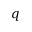
\boldsymbol { q }